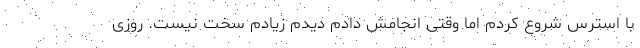
با استرس شروع کردم اما وقتی انجامش دادم دیدم زیادم سخت نیست. روزی